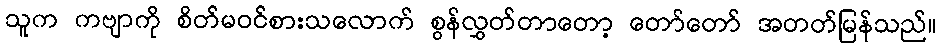
သူက ကဗျာကို စိတ်မဝင်စားသလောက် စွန်လွှတ်တာတော့ တော်တော် အတတ်မြန်သည်။